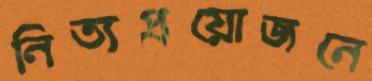
নিত্যপ্রয়োজনে